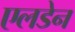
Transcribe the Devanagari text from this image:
एलडेन